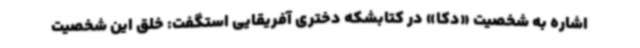
اشاره به شخصیت «دکا» در کتابشکه دختری آفریقایی استگفت: خلق این شخصیت